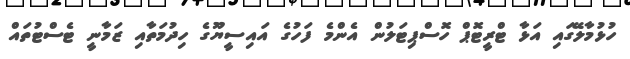
ހުޅުމާލޭގައި އަޅާ ޓްރީޓޮޕް ހޮސްޕިޓަލުން އެންމެ ފަހުގެ އައިސީޔޫގެ ހިދުމަތާއި ޒަމާނީ ޓެސްޓުތައް